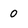
Character: 0